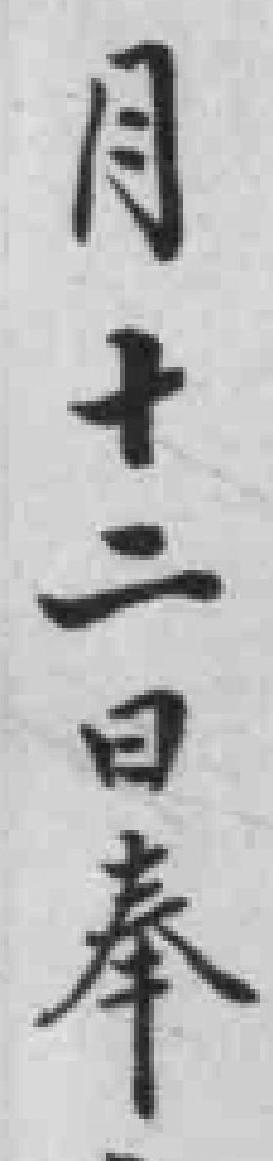
月十二日奉